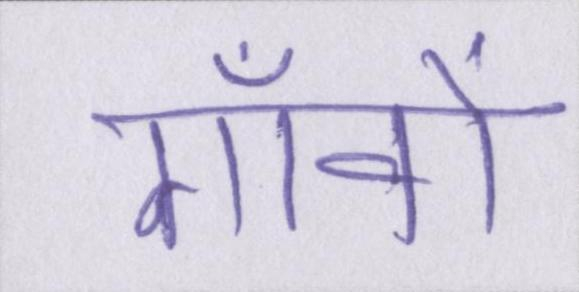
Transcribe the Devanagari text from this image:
गाँवों